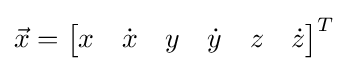
{\vec {x}}={\begin{bmatrix}x&{\dot {x}}&y&{\dot {y}}&z&{\dot {z}}\end{bmatrix}}^{T}